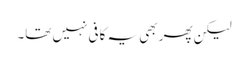
لیکن پھر بھی یہ کافی نہیں تھا۔